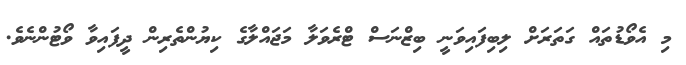
މި އެވޯޑުތައް ގަތަރަށް ލިބިފައިވަނީ ބިޒްނަސް ޓްރެވަލާ މަޖައްލާގެ ކިޔުންތެރިން ދީފައިވާ ވޯޓުންނެވެ.